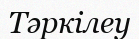
Тәркілеу